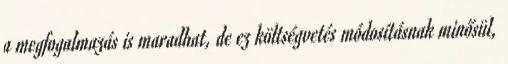
a megfogalmazás is maradhat, de ez költségvetés módosításnak minősül,